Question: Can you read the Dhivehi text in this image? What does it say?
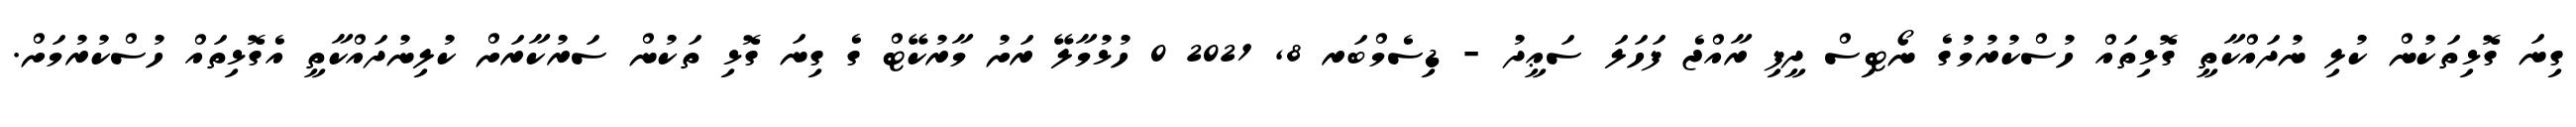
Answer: ގިނަ ގޮޅިތަކުން ކުލި ނުދައްކާތީ ގޮޅިތައް ހުސްކުރުމުގެ ނޯޓިސް ދީފި ރާއްޖެ ފަހަލަ ސަޢީދު - ޑިސެމްބަރ 8, 2021 0 ހުޅުމާލޭ ރަށު މާރުކޭޓް ގެ ގިނަ ގޮޅި ތަކުން ސަރުކާރަށް ކުލިނުދައްކާތީ އެގޮޅިތައް ހުސްކުރުމަށް.